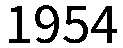
1954